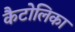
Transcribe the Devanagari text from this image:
कैटोलिका